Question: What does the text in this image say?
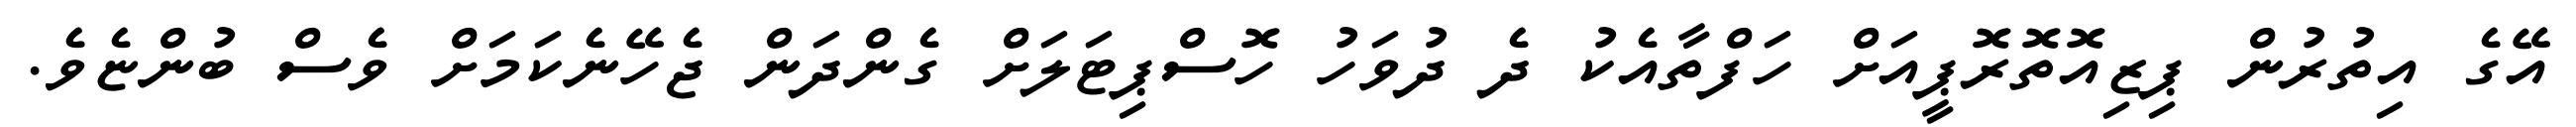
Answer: އޭގެ އިތުރުން ޕިޒިއޮތޮރޮޕީއަށް ހަފްތާއެކު ދެ ދުވަހު ހޮސްޕިޓަލަށް ގެންދަން ޖެހޭނެކަމަށް ވެސް ބުންޏެވެ.